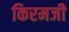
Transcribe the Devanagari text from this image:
किरमजी